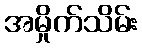
အမှိုက်သိမ်း